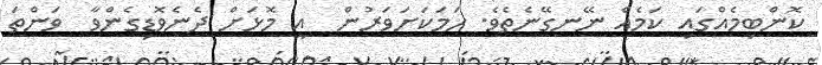
ކޮންބިމެއްގައި ކަމެއް ނޭނގޭނެތެވެ. ހަމަކަށަވަރުން  އީ މޮޅަށް ދެނެވޮޑިގެންވާ  ވަންތަ